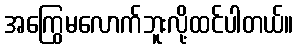
အကြွေမလောက်ဘူးလို့ထင်ပါတယ်။